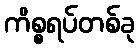
ကိစ္စရပ်တစ်ခု